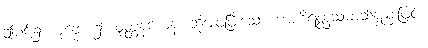
ဤပါဌ်၌။ ပုဗ္ဗေ၊ ၌။ ဝုတ္တနယေန၊ ဆိုအပ်ပြီးသော ဗာဟိရတ္ထသမာသ်နည်းဖြင့်။